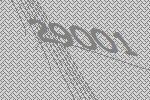
29001